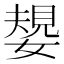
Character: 嫢